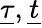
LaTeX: \underline{{\tau}},\underline{{t}}